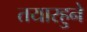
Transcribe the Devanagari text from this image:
तयारहुने